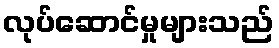
လုပ်ဆောင်မှုများသည်